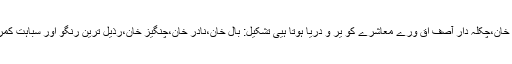
سیل زماں کے ایک تھپیڑے کی دیر ہے اس کے بعد ٹھیکے دار گل خان،چکلہ دار آصف اق ورے معاشرے کو یر و دریا ہوتا ہیی تشکیل: بال خان،نادر خان،چنگیز خان،رذیل ترین رنگو اور سباہت کمر جیسے ننگ انسانیت وحشی خس و خاشاک کی طرح بہہ جاتے ہیں۔